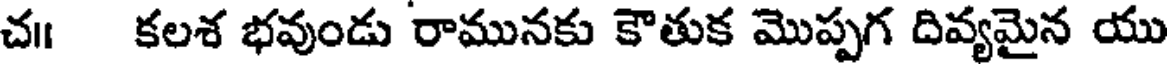
చ॥ కలశ భవుండు రామునకు కౌతుక మొప్పగ దివ్యమైన యు